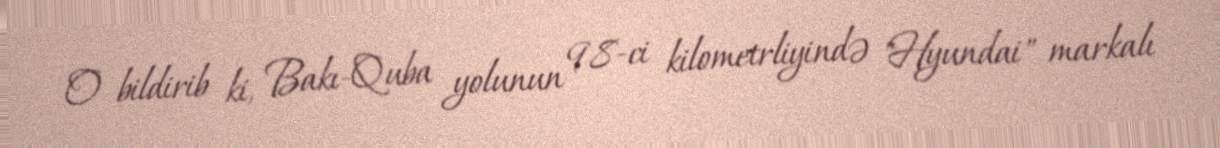
O bildirib ki, Bakı-Quba yolunun 98-ci kilometrliyində "Hyundai" markalı